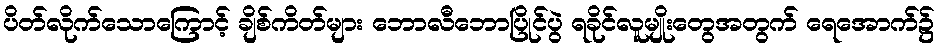
ပိတ်လိုက်သောကြောင့် ချိစ်ကိတ်များ ဘောလီဘောပြိုင်ပွဲ ရခိုင်လူမျိုးတွေအတွက် ရေအောက်၌